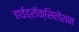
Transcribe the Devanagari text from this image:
हाईड्रॉक्सिलेशन